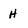
Character: h